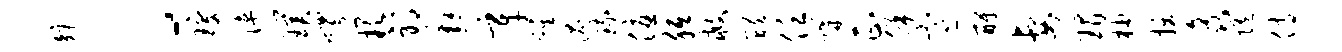
矩l琼陕璞帽缺邪邂辛鸡混琉优胝救醴任媾正保寒酹妻瑁柚拔矗随侍